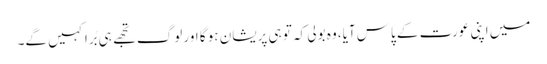
میں اپنی عورت کے پاس آیا، وہ بولی کہ تو ہی پریشان ہو گا اور لوگ تجھے ہی بُرا کہیں گے۔